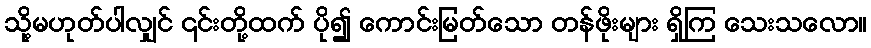
သို့မဟုတ်ပါလျှင် ၎င်းတို့ထက် ပို၍ ကောင်းမြတ်သော တန်ဖိုးများ ရှိကြ သေးသလော။